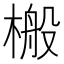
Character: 㮽